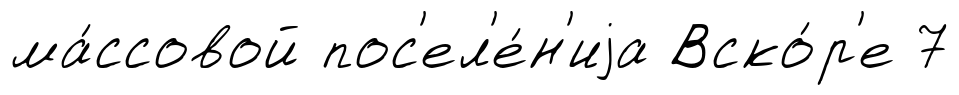
ма́ссовой пос'ел'е́н'иjа Вско́р'е 7